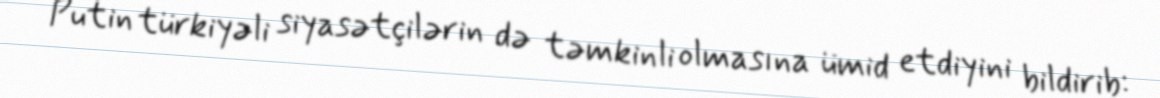
Putin türkiyəli siyasətçilərin də təmkinli olmasına ümid etdiyini bildirib: